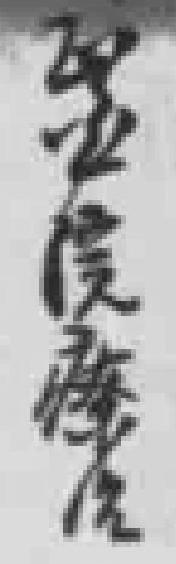
*院療治